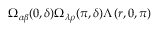
\Omega _ { \alpha \beta } ( 0 , \delta ) \Omega _ { \lambda \rho } ( \pi , \delta ) \Lambda \left( r , 0 , \pi \right)